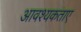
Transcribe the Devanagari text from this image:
आवश्यकताए